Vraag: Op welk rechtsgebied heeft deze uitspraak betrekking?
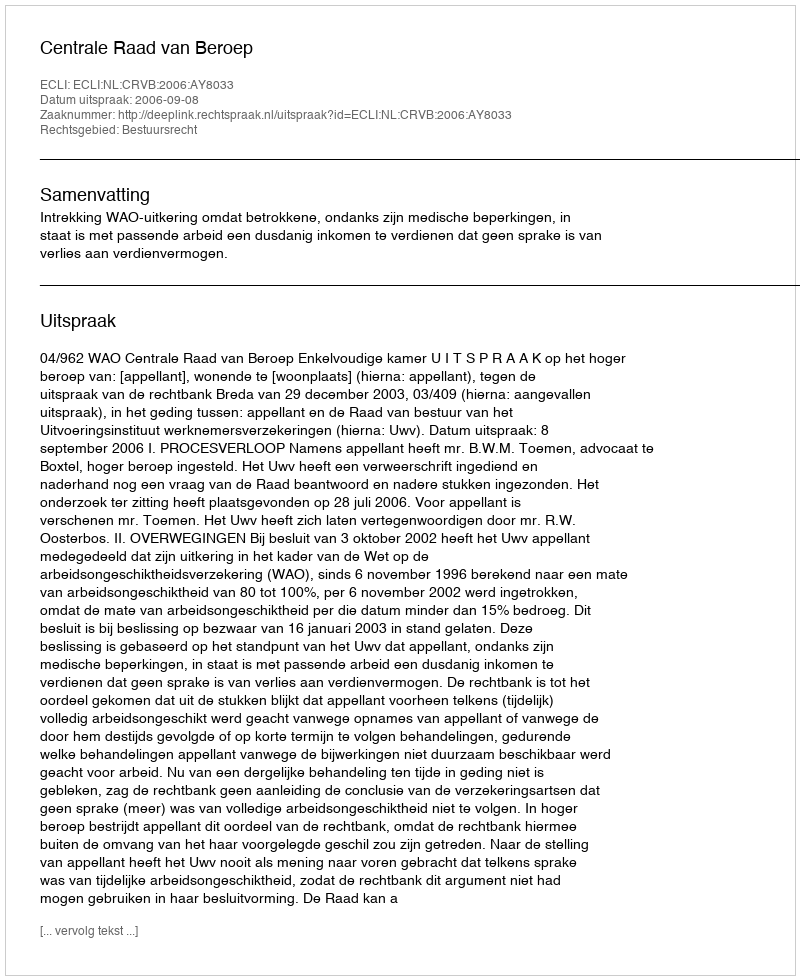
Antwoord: Bestuursrecht